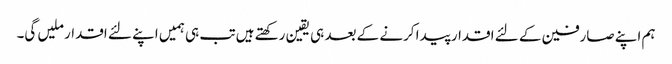
ہم اپنے صارفین کے لئے اقدار پیدا کرنے کے بعد ہی یقین رکھتے ہیں تب ہی ہمیں اپنے لئے اقدار ملیں گی۔